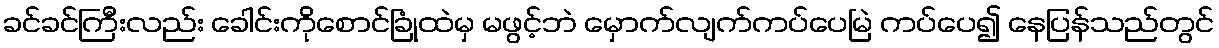
ခင်ခင်ကြီးလည်း ခေါင်းကိုစောင်ခြုံထဲမှ မဖွင့်ဘဲ မှောက်လျက်ကပ်ပေမြဲ ကပ်ပေ၍ နေပြန်သည်တွင်